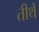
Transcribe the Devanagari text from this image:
तीर्थै